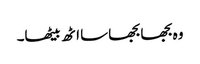
وہ بجھا بجھا سا اٹھ بیٹھا۔